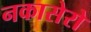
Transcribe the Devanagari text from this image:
नकासेरो